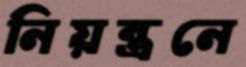
নিয়ন্ত্রনে